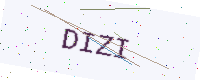
Text: DIZI